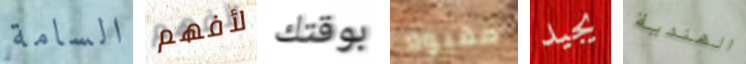
السامة لأفهم بوقتك مقبولا يجيد الهندية